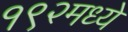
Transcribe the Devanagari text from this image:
१९२मध्ये